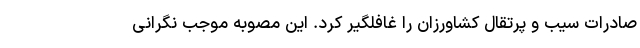
صادرات سیب و پرتقال کشاورزان را غافلگیر کرد. این مصوبه موجب نگرانی